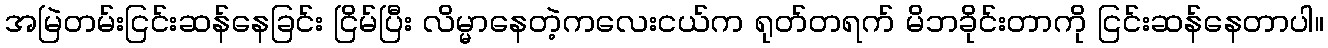
အမြဲတမ်းငြင်းဆန်နေခြင်း ငြိမ်ပြီး လိမ္မာနေတဲ့ကလေးငယ်က ရုတ်တရက် မိဘခိုင်းတာကို ငြင်းဆန်နေတာပါ။